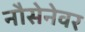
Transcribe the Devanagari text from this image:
नौसेनेवर